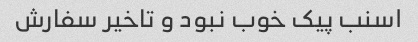
اسنب پیک خوب نبود و تاخیر سفارش